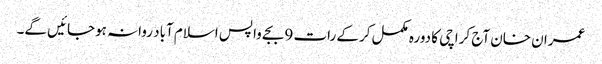
عمران خان آج کراچی کا دورہ مکمل کرکے رات 9 بجے واپس اسلام آباد روانہ ہوجائیں گے۔